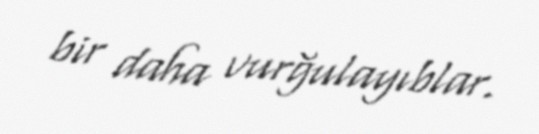
bir daha vurğulayıblar.